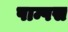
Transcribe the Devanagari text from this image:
पाम्पस